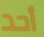
أحد